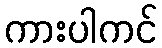
ကားပါကင်